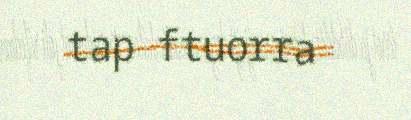
tap ftuorra